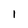
Character: 1